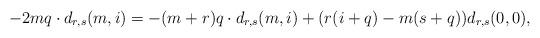
LaTeX: \begin{align*}-2mq\cdot d_{r,s}(m,i)&=-(m+r)q\cdot d_{r,s}(m,i)+(r(i+q)-m(s+q))d_{r,s}(0,0),\end{align*}